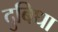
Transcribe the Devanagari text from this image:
दुबिधा